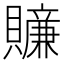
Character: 𧸜